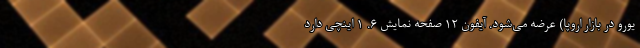
یورو در بازار اروپا) عرضه می‌شود. آیفون ۱۲ صفحه نمایش ۶. ۱ اینچی دارد